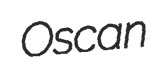
Oscan